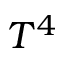
T ^ { 4 }